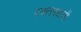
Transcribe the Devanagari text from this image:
रक्‍तस्रावों